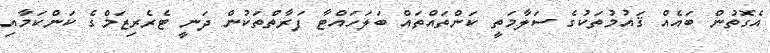
އެގޮތުން ބައެއް ޤައުމުތަކުގެ ސަލާމަތީ ކަންތައްތައް ބަލަހައްޓާ ފަރާތްތަކުން ދަނީ ޓެރެރިޒަމްގެ ކަންކަމާއި